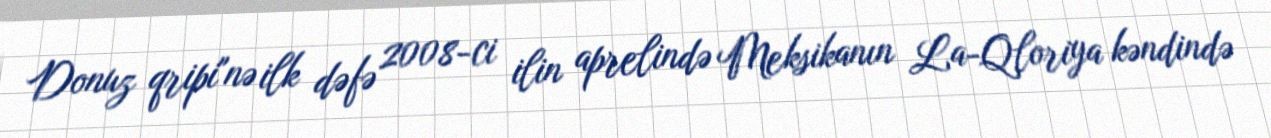
Donuz qripi"nə ilk dəfə 2008-ci ilin aprelində Meksikanın La-Qloriya kəndində